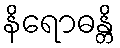
နိရောဓန္တိ